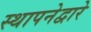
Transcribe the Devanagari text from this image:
स्थापनेद्वारे